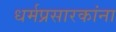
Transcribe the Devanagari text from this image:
धर्मप्रसारकांना